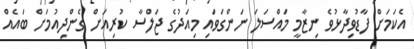
އެކަމަށް ފާޑުވިދާޅުވެ ނިޒާމީ މައްސަލަ ނަންގަވައި މިއަދުގެ ޖަލްސާ ކުރިއަށް ގެންދިއުމަށް ބައެއް